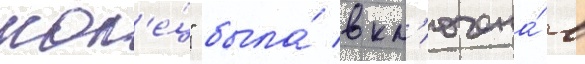
кол'е́ц" была́ вкл'ючена́ в